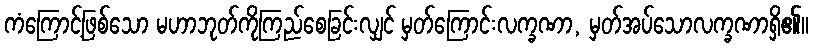
ကံကြောင့်ဖြစ်သော မဟာဘုတ်ကိုကြည်စေခြင်းလျှင် မှတ်ကြောင်းလက္ခဏာ, မှတ်အပ်သောလက္ခဏာရှိ၏။